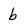
Character: b